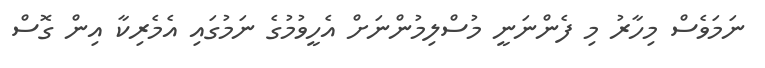
ނަމަވެސް މިހާރު މި ފެންނަނީ މުސްލިމުންނަށް އެހީވުމުގެ ނަމުގައި އެމެރިކާ އިން ގޮސް